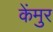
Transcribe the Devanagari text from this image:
केंमुर